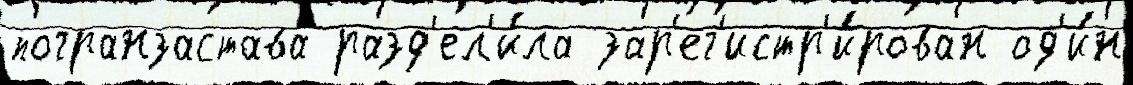
погранзастава разд'ел'и́ла зар'ег'истр'и́рован од'и́н